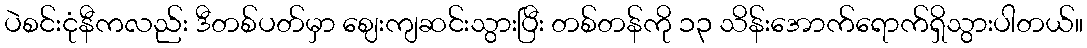
ပဲစင်းငုံနီကလည်း ဒီတစ်ပတ်မှာ ဈေးကျဆင်းသွားပြီး တစ်တန်ကို ၁၃ သိန်းအောက်ရောက်ရှိသွားပါတယ်။